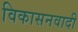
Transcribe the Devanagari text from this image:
विकासनवादी